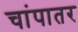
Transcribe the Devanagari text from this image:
चांपातर